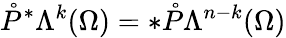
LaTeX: \mathring{P}^{\ast}\Lambda^{k}(\Omega)=\ast\mathring{P}\Lambda^{n-k}(\Omega)